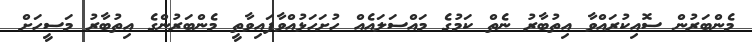
މެންބަރުން ސޮއިކުރައްވާ އިތުބާރު ނެތް ކަމުގެ މައްސަލައެއް ހުށަހަޅުއްވާފައިވާތީ މެންބަރުންގެ އިތުބާރު މަސީހަށް